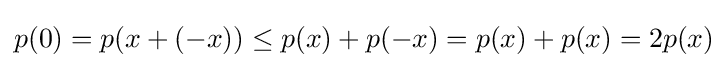
p(0)=p(x+(-x))\leq p(x)+p(-x)=p(x)+p(x)=2p(x)